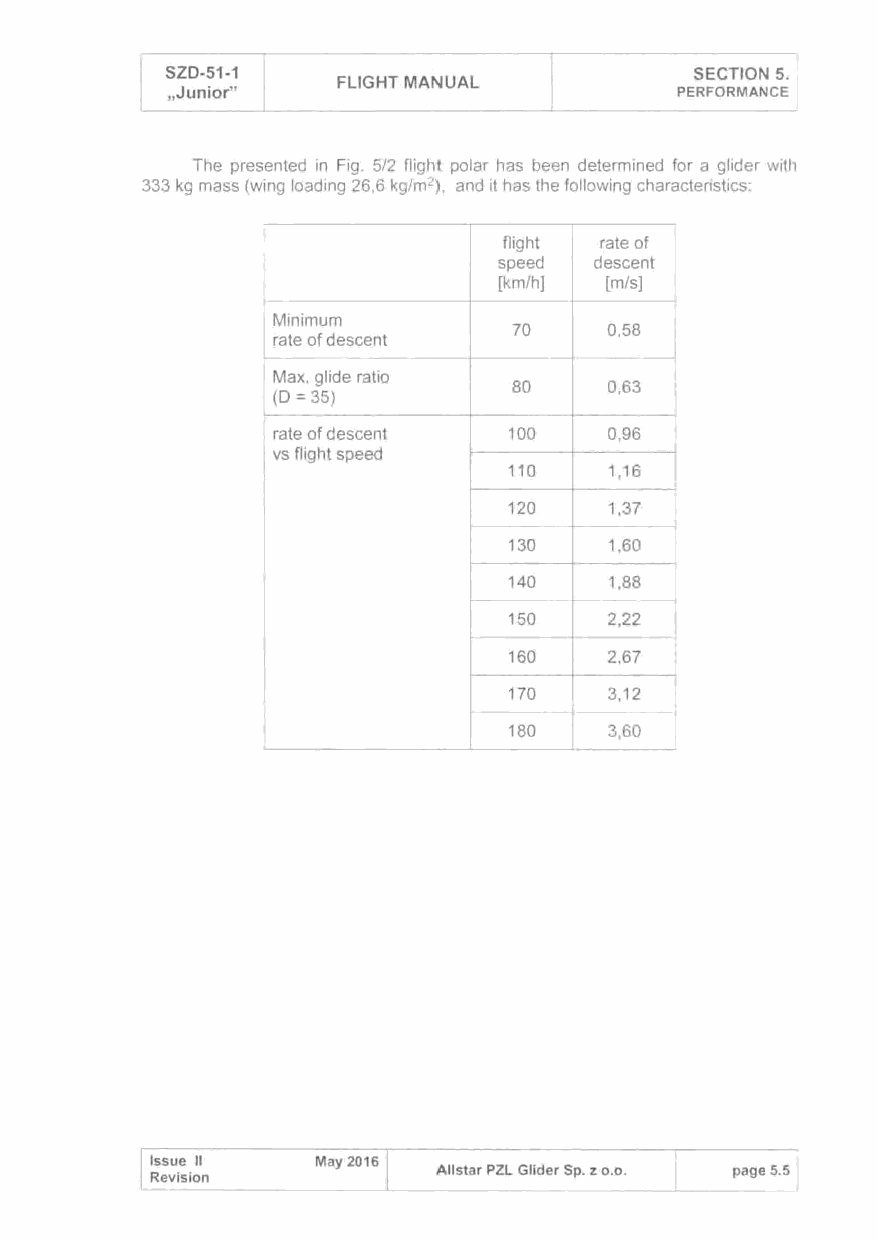
SZD-51-1                           SECTION 5.
 FLIGHT MANUAL
 ,Junior"                          PERFORMANCE
 The presented in Fig. 5/2 flight polar has been determined for a glider with
 333 kg mass (wing loading 26,6 kg/m2), and it has the following characteristics:
 I
 flight rate of
 I              speed descent
 I              [km/h] [m/s]
 Minimum
 70    0,58
 rate of descent
 - --   1--- -
 Max. glide ratio
 I (D = 3 5)     80    0,63
 I rate of descent 100 0,96
 vs flight speed
 110   1 '16
 120 c----'.3' ~-j
 130   1,60
 140   1,88
 ---
 150   2,22
 I-     t-
 160   2,67
 170   3,12
 180   3,60
 Issue 11   May 2016
 All star PZL Glider Sp. z o.o. page 5.5
 Revision